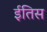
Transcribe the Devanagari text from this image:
ईतिस